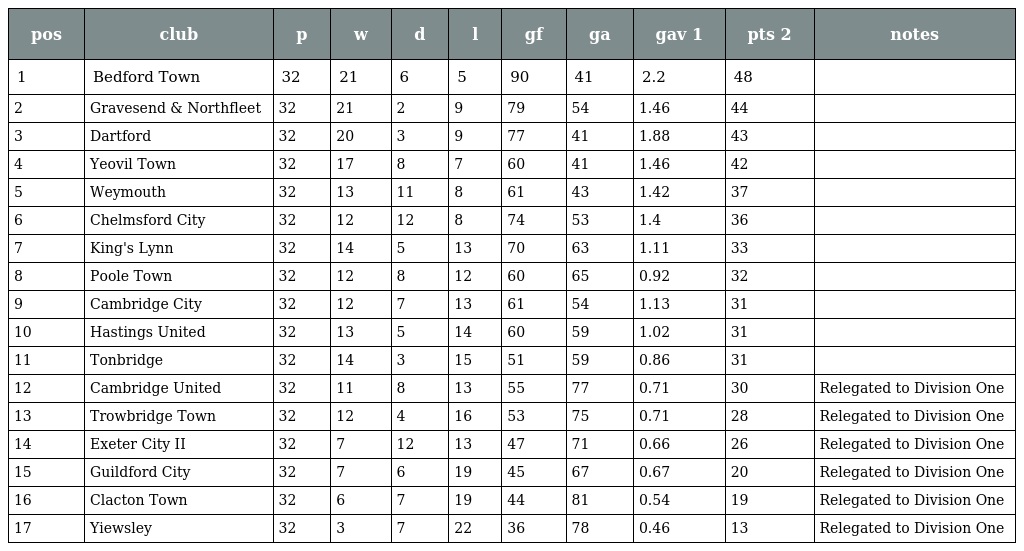
| pos | club | p | w | d | l | gf | ga | gav 1 | pts 2 | notes |
 | --- | --- | --- | --- | --- | --- | --- | --- | --- | --- | --- |
 | 1 | Bedford Town | 32 | 21 | 6 | 5 | 90 | 41 | 2.2 | 48 |  |
 | 2 | Gravesend & Northfleet | 32 | 21 | 2 | 9 | 79 | 54 | 1.46 | 44 |  |
 | 3 | Dartford | 32 | 20 | 3 | 9 | 77 | 41 | 1.88 | 43 |  |
 | 4 | Yeovil Town | 32 | 17 | 8 | 7 | 60 | 41 | 1.46 | 42 |  |
 | 5 | Weymouth | 32 | 13 | 11 | 8 | 61 | 43 | 1.42 | 37 |  |
 | 6 | Chelmsford City | 32 | 12 | 12 | 8 | 74 | 53 | 1.4 | 36 |  |
 | 7 | King's Lynn | 32 | 14 | 5 | 13 | 70 | 63 | 1.11 | 33 |  |
 | 8 | Poole Town | 32 | 12 | 8 | 12 | 60 | 65 | 0.92 | 32 |  |
 | 9 | Cambridge City | 32 | 12 | 7 | 13 | 61 | 54 | 1.13 | 31 |  |
 | 10 | Hastings United | 32 | 13 | 5 | 14 | 60 | 59 | 1.02 | 31 |  |
 | 11 | Tonbridge | 32 | 14 | 3 | 15 | 51 | 59 | 0.86 | 31 |  |
 | 12 | Cambridge United | 32 | 11 | 8 | 13 | 55 | 77 | 0.71 | 30 | Relegated to Division One |
 | 13 | Trowbridge Town | 32 | 12 | 4 | 16 | 53 | 75 | 0.71 | 28 | Relegated to Division One |
 | 14 | Exeter City II | 32 | 7 | 12 | 13 | 47 | 71 | 0.66 | 26 | Relegated to Division One |
 | 15 | Guildford City | 32 | 7 | 6 | 19 | 45 | 67 | 0.67 | 20 | Relegated to Division One |
 | 16 | Clacton Town | 32 | 6 | 7 | 19 | 44 | 81 | 0.54 | 19 | Relegated to Division One |
 | 17 | Yiewsley | 32 | 3 | 7 | 22 | 36 | 78 | 0.46 | 13 | Relegated to Division One |